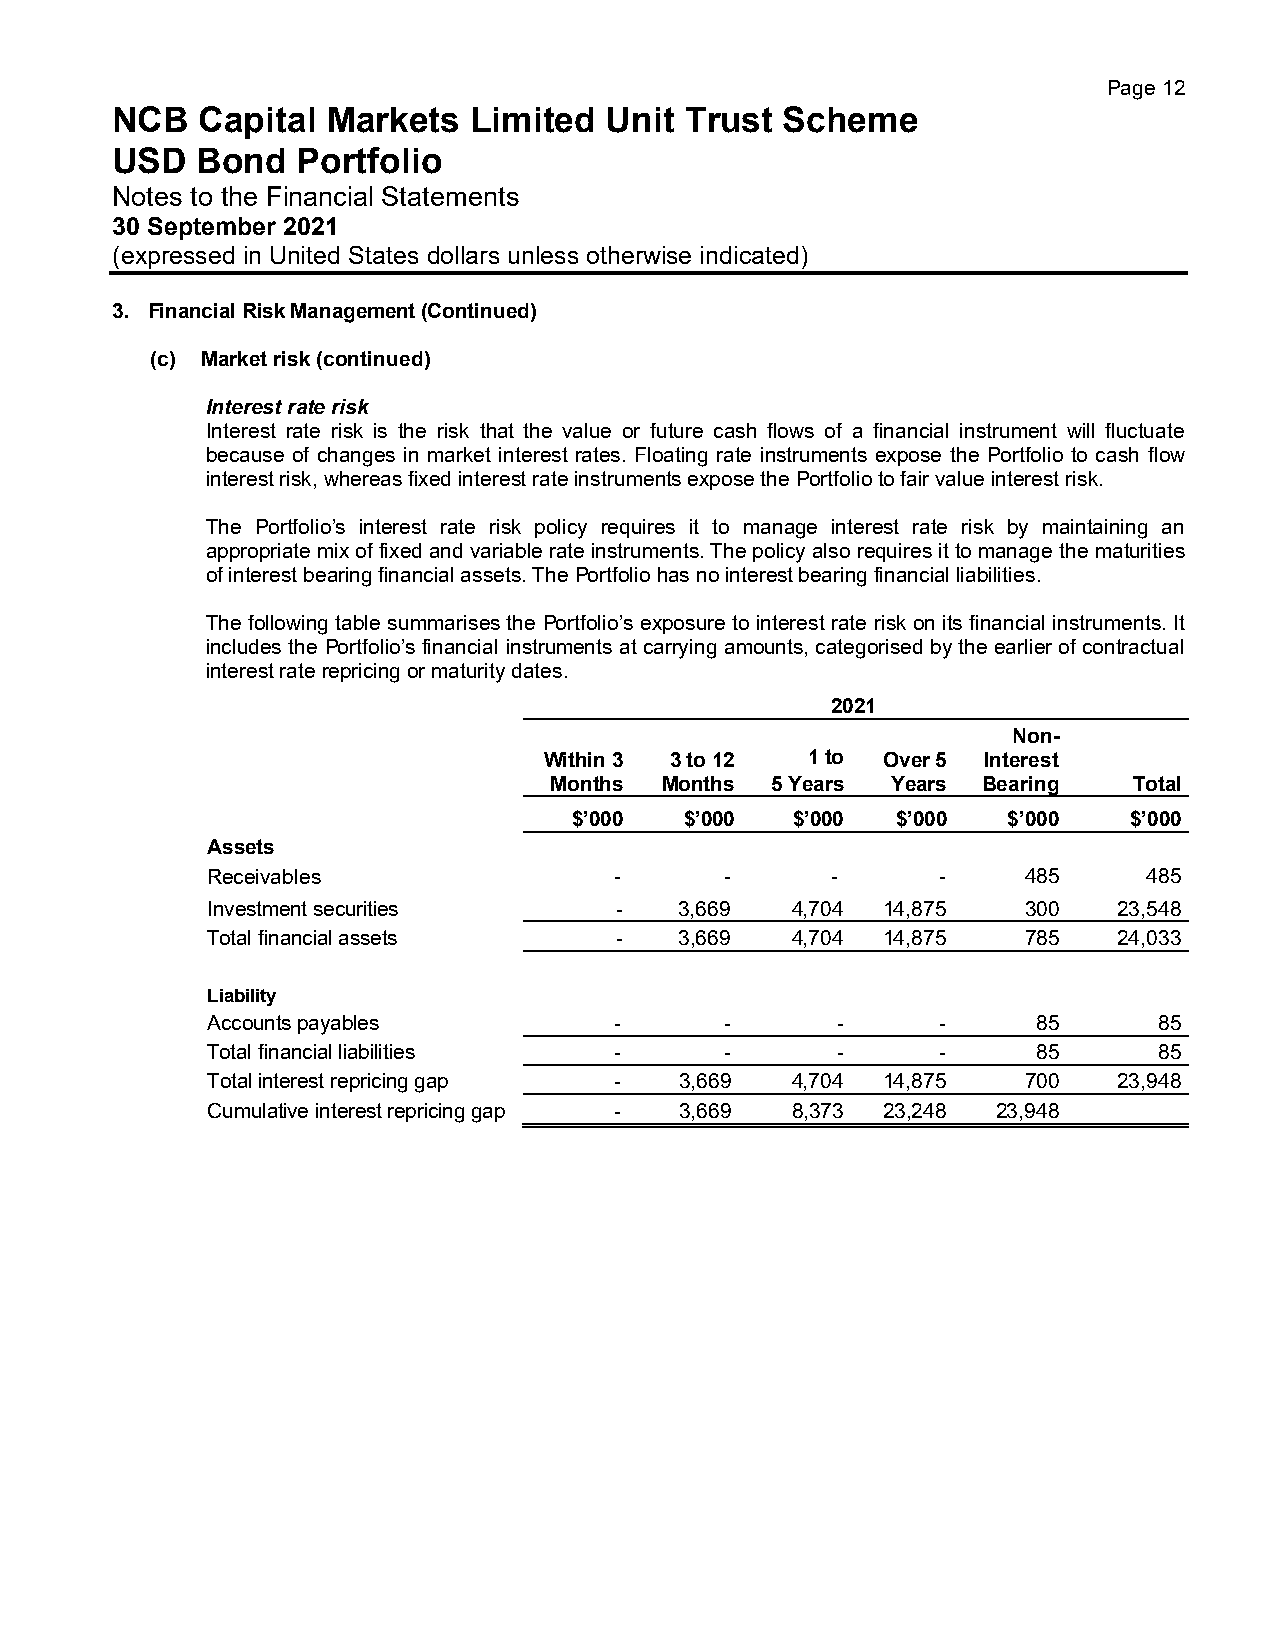
Page 12
 NCB   Capital  Markets  Limited  Unit Trust  Scheme
 USD   Bond   Portfolio
 Notes to the Financial Statements
 30 September 2021
 (expressed in United States dollars unless otherwise indicated)
 3. Financial Risk Management (Continued)
 (c) Market risk (continued)
 Interest rate risk
 Interest rate risk is the risk that the value or future cash flows of a financial instrument will fluctuate
 because of changes in market interest rates. Floating rate instruments expose the Portfolio to cash flow
 interest risk, whereas fixed interest rate instruments expose the Portfolio to fair value interest risk.
 The Portfolio’s interest rate risk policy requires it to manage interest rate risk by maintaining an
 appropriate mix of fixed and variable rate instruments. The policy also requires it to manage the maturities
 of interest bearing financial assets. The Portfolio has no interest bearing financial liabilities.
 The following table summarises the Portfolio’s exposure to interest rate risk on its financial instruments. It
 includes the Portfolio’s financial instruments at carrying amounts, categorised by the earlier of contractual
 interest rate repricing or maturity dates.
 2021
 Non-
 Within 3 3 to 12 1 to Over 5 Interest
 Months  Months 5 Years Years Bearing   Total
 $’000  $’000  $’000  $’000   $’000   $’000
 Assets
 Receivables                -      -      -      -     485     485
 Investment securities      -   3,669  4,704 14,875    300   23,548
 Total financial assets     -   3,669  4,704 14,875    785   24,033
 Liability
 Accounts payables          -      -      -      -      85      85
 Total financial liabilities -     -      -      -      85      85
 Total interest repricing gap - 3,669  4,704 14,875    700   23,948
 Cumulative interest repricing gap - 3,669 8,373 23,248 23,948